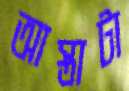
আস্তাটা